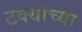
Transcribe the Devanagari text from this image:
टक्यांच्या